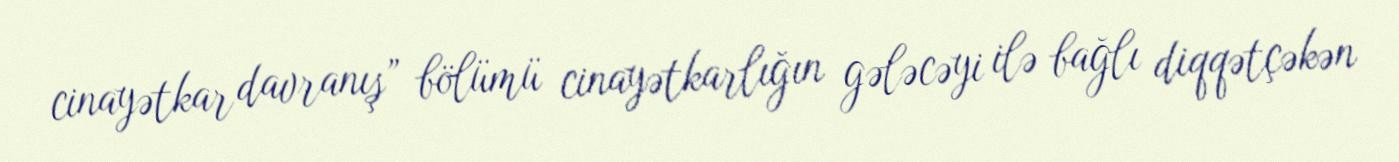
cinayətkar davranış” bölümü cinayətkarlığın gələcəyi ilə bağlı diqqətçəkən